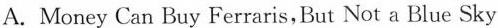
A. Money Can Buy Ferraris,But Not a Blue Sky